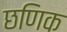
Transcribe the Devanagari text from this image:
छणिक